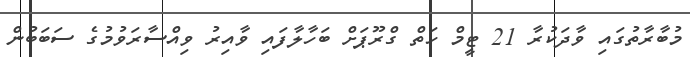
މުބާރާތުގައި ވާދަކުރާ 21 ޓީމް ހަތް ގްރޫޕަށް ބަހާލާފައި ވާއިރު ވިއްސާރަވުމުގެ ސަބަބުން